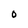
Character: O